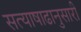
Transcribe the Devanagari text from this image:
सत्याषाढानुसारी